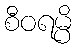
စီဝရမ္ပိ